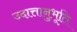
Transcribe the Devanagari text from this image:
उदात्तानुभूति